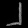
Digit: ၂